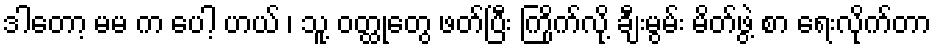
ဒါတော့ မမ က ပေါ့ ဟယ် ၊ သူ့ ဝတ္ထုတွေ ဖတ်ပြီး ကြိုက်လို့ ချီးမွမ်း မိတ်ဖွဲ့ စာ ရေးလိုက်တာ